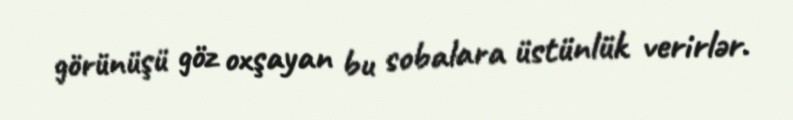
görünüşü göz oxşayan bu sobalara üstünlük verirlər.